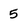
Character: 5